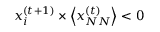
x _ { i } ^ { ( t + 1 ) } \times \left< x _ { N N } ^ { ( t ) } \right> < 0